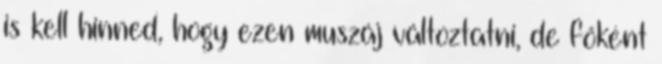
is kell hinned, hogy ezen muszáj változtatni, de főként